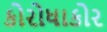
કોરોધાકોર